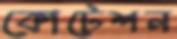
কোটেশন